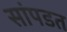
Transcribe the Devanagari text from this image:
सांपडत